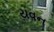
યવન